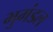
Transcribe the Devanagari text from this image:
भुमंडल